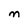
Character: M